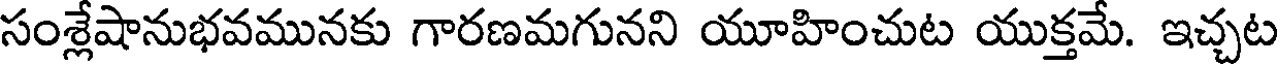
సంశ్లేషానుభవమునకు గారణమగునని యూహించుట యుక్తమే. ఇచ్చట